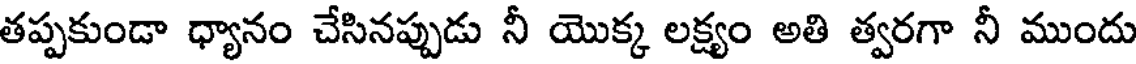
తప్పకుండా ధ్యానం చేసినప్పుడు నీ యొక్క లక్ష్యం అతి త్వరగా నీ ముందు